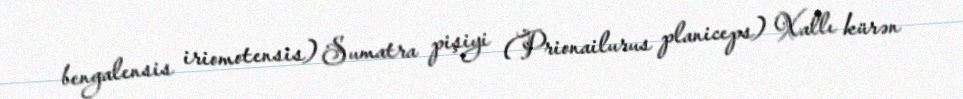
bengalensis iriomotensis) Sumatra pişiyi (Prionailurus planiceps) Xallı kürən